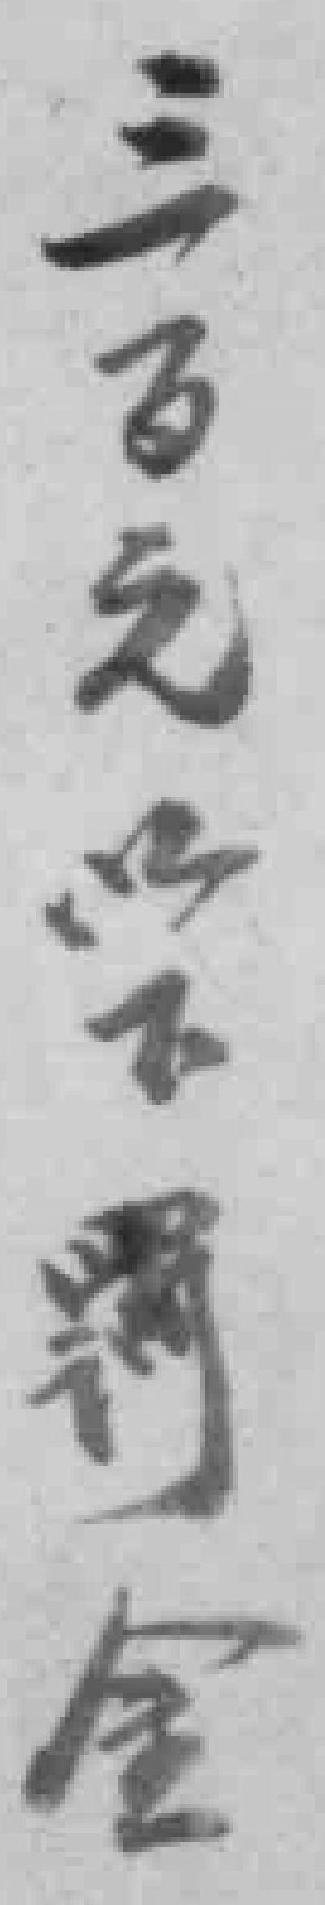
三百元以下罚金